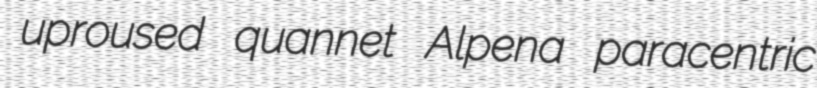
uproused quannet Alpena paracentric